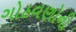
ગોઠવણોની